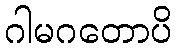
ဂါမဂတောပိ